Annual administration report of the Civil Veterinary Department, Ajmere-Merwara, British Rajputana - 1914-1940
Year: 1914
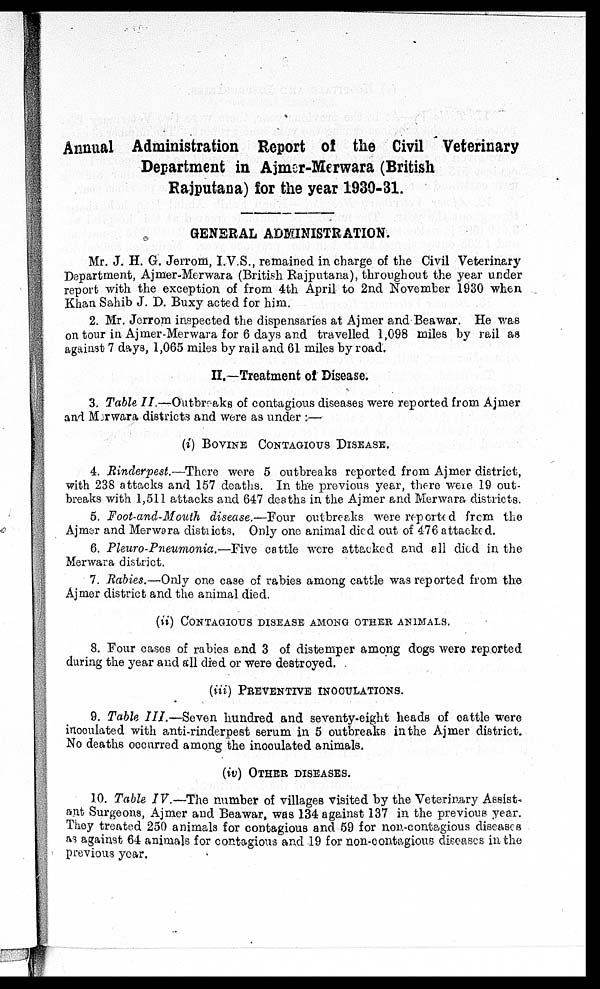
Annual Administration Report of the Civil Veterinary
Department in Ajmer-Merwara (British
Rajputana) for the year 1930-31.
GENERAL ADMINISTRATION.
Mr. J. H. G. Jerrom, I.V.S., remained in charge of the Civil Veterinary
Department, Ajmer-Merwara (British Rajputana), throughout the year under
report with the exception of from 4th April to 2nd November 1930 when
Khan Sahib J. D. Buxy acted for him.
2. Mr. Jerrom inspected the dispensaries at Ajmer and Beawar. He was
on tour in Ajmer-Merwara for 6 days and travelled 1,098 miles by rail as
against 7 days, 1,065 miles by rail and 61 miles by road.
II.—Treatment of Disease.
3. Table II.—Outbreaks of contagious diseases were reported from Ajmer
and Merwara districts and were as under:—
(i) BOVINE CONTAGIOUS DISEASE.
4. Rinderpest.—There were 5 outbreaks reported from Ajmer district,
with 238 attacks and 157 deaths. In the previous year, there were 19 out-
breaks with 1,511 attacks and 647 deaths in the Ajmer and Merwara districts.
5. Foot-and-Mouth disease.—Four outbreaks were reported from the
Ajmer and Merwara districts. Only one animal died out of 476 attacked.
6. Pleuro-Pneumonia.—Five cattle were attacked and all died in the
Merwara district.
7. Rabies.—Only one case of rabies among cattle was reported from the
Ajmer district and the animal died.
(ii) CONTAGIOUS DISEASE AMONG OTHER ANIMALS.
8. Four cases of rabies and 3 of distemper among dogs were reported
during the year and all died or were destroyed.
(iii) PREVENTIVE INOCULATIONS.
9. Table III.—Seven hundred and seventy-eight heads of cattle were
incoulated with anti-rinderpest serum in 5 outbreaks in the Ajmer district.
No deaths occurred among the inoculated animals.
(iv) OTHER DISEASES.
10. Table IV.—The number of villages visited by the Veterinary Assist-
ant Surgeons, Ajmer and Beawar, was 134 against 137 in the previous year.
They treated 250 animals for contagious and 59 for non-contagious diseases
as against 64 animals for contagious and 19 for non-contagious diseases in the
previous year.